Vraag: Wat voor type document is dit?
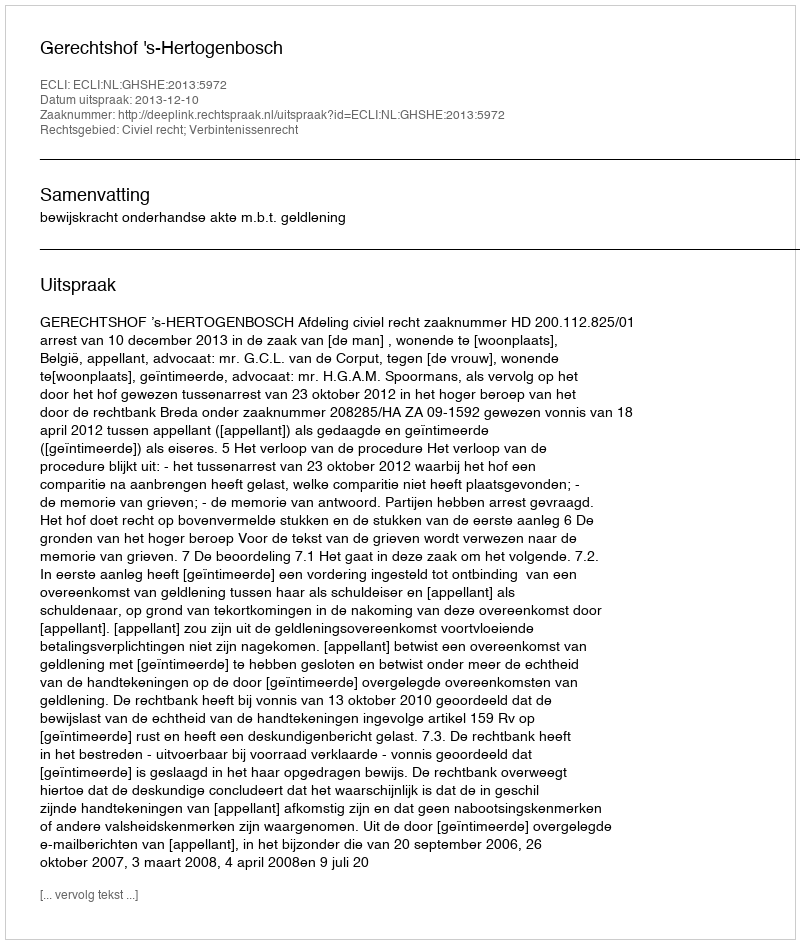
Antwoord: Uitspraak